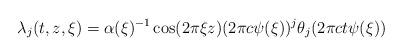
LaTeX: \begin{align*} \lambda _ j ( t , z , \xi ) = \alpha ( \xi ) ^ { - 1 } \cos ( 2 \pi \xi z ) ( 2 \pi c \psi ( \xi ) ) ^ j \theta _ j ( 2 \pi c t \psi ( \xi ) ) \end{align*}